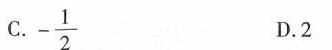
C. -\frac{1}{2} D.2